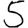
Digit: 5